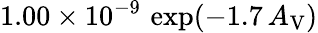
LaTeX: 1.00\times 10^{-9}\, \exp(-1.7\, A_{\mathrm{V}})